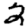
Digit: 2